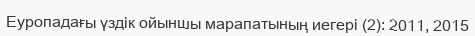
Еуропадағы үздік ойыншы марапатының иегері (2): 2011, 2015